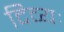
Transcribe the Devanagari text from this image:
दिव्यः